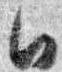
日